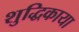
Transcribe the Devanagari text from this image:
शुद्धिकाया